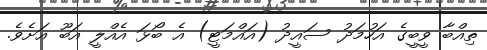
ތިއްބާ ވީބީގެ އަހުމަދު ސައީދު (އައްމަޓީ) އެ ބޯޅަ އެއްލީ އަބޫ އަށެވެ.